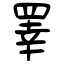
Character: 睪